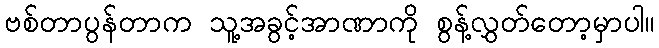
ဗစ်တာပွန်တာက သူ့အခွင့်အာဏာကို စွန့်လွှတ်တော့မှာပါ။